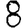
Digit: 8